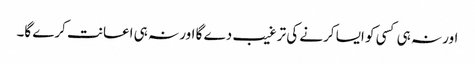
اور نہ ہی کسی کو ایسا کرنے کی ترغیب دے گا اور نہ ہی اعانت کرے گا۔